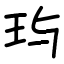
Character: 玙